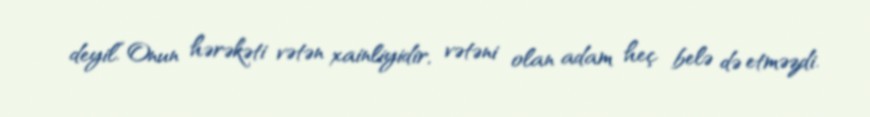
deyil.“Onun hərəkəti vətən xainliyidir, vətəni olan adam heç belə də etməzdi.